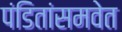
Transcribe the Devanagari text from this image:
पंडितांसमवेत